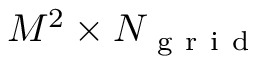
M ^ { 2 } \times N _ { { \mathrm { ~ g ~ r ~ i ~ d ~ } } }